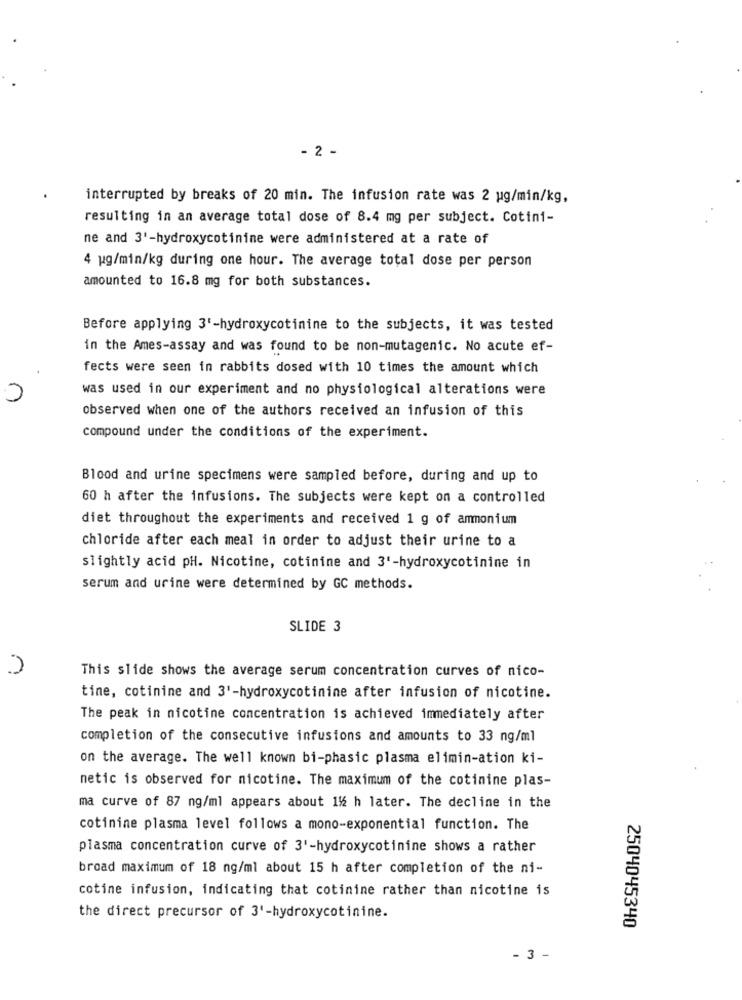
- 2 -
interrupted by breaks of 20 min. The infusion rate was 2 ug/min/kg,
resulting in an average total dose of 8.4 mg per subject. Cotini-
ne and 3'-hydroxycotinine were administered at a rate of
4 ug/min/kg during one hour. The average total dose per person
amounted to 16.8 mg for both substances.
Before applying 3'-hydroxycotinine to the subjects, it was tested
in the Ames-assay and was found to be non-mutagenic. No acute ef-
fects were seen in rabbits dosed with 10 times the amount which
was used in our experiment and no physiological alterations were
observed when one of the authors received an infusion of this
compound under the conditions of the experiment.
Blood and urine specimens were sampled before, during and up to
60 h after the infusions. The subjects were kept on a controlled
diet throughout the experiments and received 1 g of ammonium
chloride after each meal in order to adjust their urine to a
slightly acid pH. Nicotine, cotinine and 3'-hydroxycotinine in
serum and urine were determined by GC methods.
SLIDE 3
This slide shows the average serum concentration curves of nico-
tine, cotinine and 3'-hydroxycotinine after infusion of nicotine.
The peak in nicotine concentration is achieved immediately after
completion of the consecutive infusions and amounts to 33 ng/ml
on the average. The well known bi-phasic plasma elimin-ation ki-
netic is observed for nicotine. The maximum of the cotinine plas-
ma curve of 87 ng/ml appears about 1%% h later. The decline in the
cotinine plasma level follows a mono-exponential function. The
plasma concentration curve of 3'-hydroxycotinine shows a rather
broad maximum of 18 ng/ml about 15 h after completion of the ni-
cotine infusion, indicating that cotinine rather than nicotine is
the direct precursor of 3'-hydroxycotinine.
2504045340
- 3 -